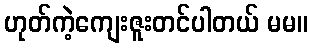
ဟုတ်ကဲ့ကျေးဇူးတင်ပါတယ် မမ။